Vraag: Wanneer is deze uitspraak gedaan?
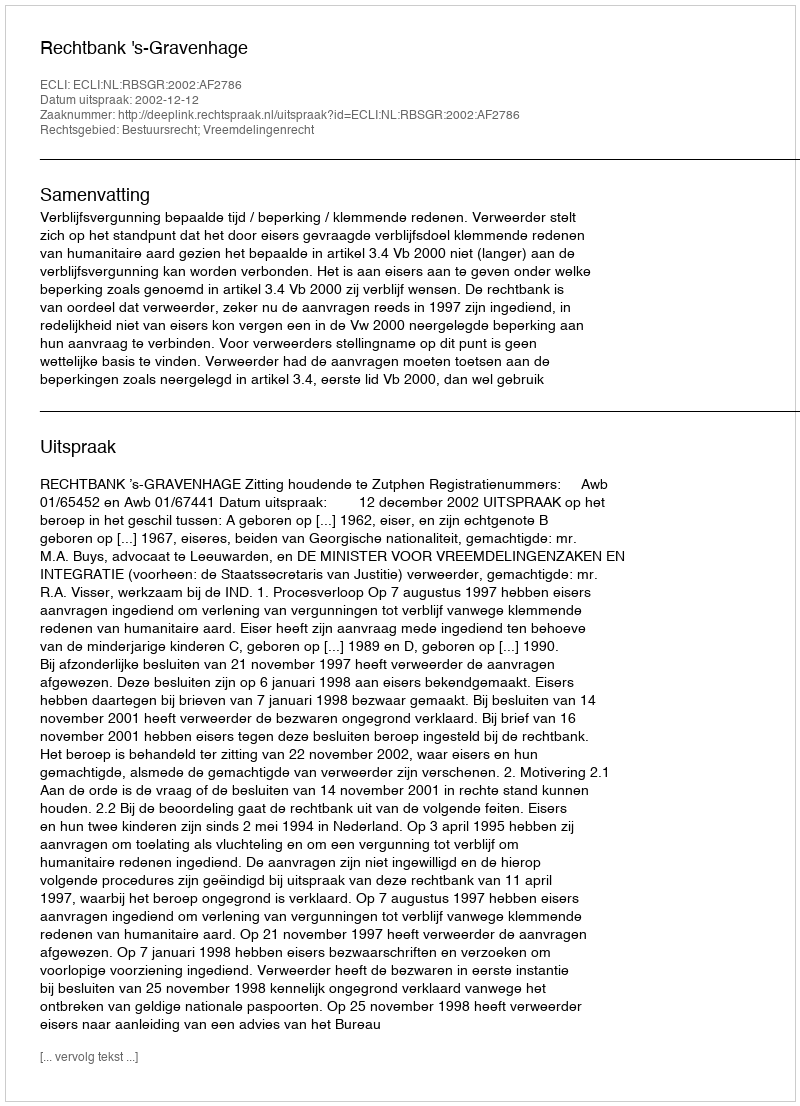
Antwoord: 2002-12-12